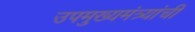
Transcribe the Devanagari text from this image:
उपमुख्यमंत्र्यांची